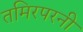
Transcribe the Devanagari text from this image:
तमिरपरनी